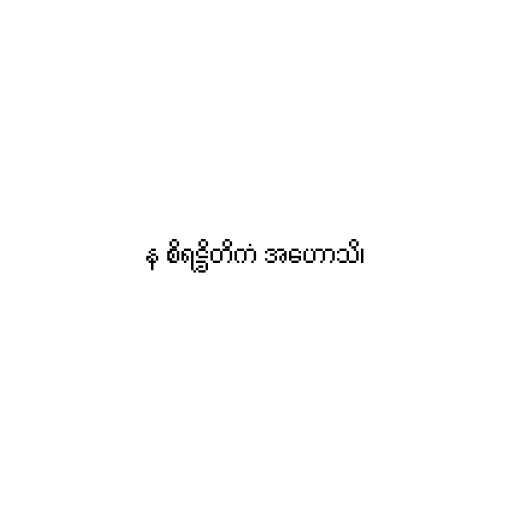
န စိရဋ္ဌိတိကံ အဟောသိ၊